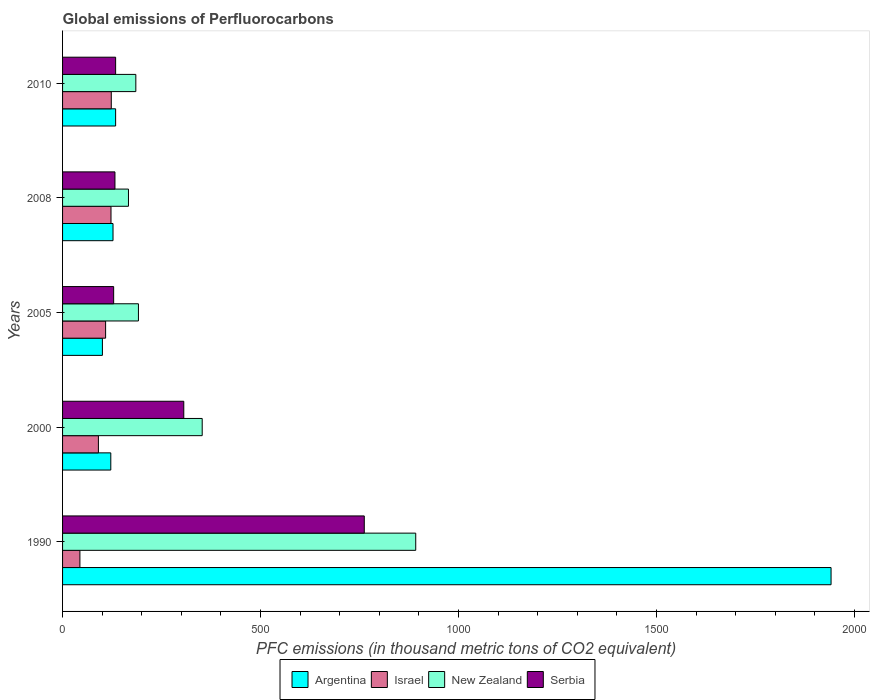
| Years | Argentina | Israel | New Zealand | Serbia |
 | --- | --- | --- | --- | --- |
 | 1990 | 1.94e+03 | 43.8 | 892 | 762 |
 | 2000 | 122 | 90.5 | 353 | 306 |
 | 2005 | 101 | 109 | 192 | 129 |
 | 2008 | 127 | 122 | 166 | 132 |
 | 2010 | 134 | 123 | 185 | 134 |